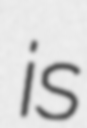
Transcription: is